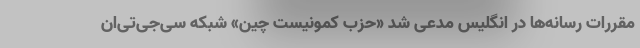
مقررات رسانه‌ها در انگلیس مدعی شد «حزب کمونیست چین» شبکه سی‌جی‌تی‌اِن